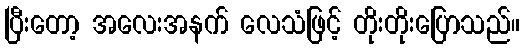
ပြီးတော့ အလေးအနက် လေသံဖြင့် တိုးတိုးပြောသည်။